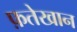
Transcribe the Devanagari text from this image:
फ़तेखान